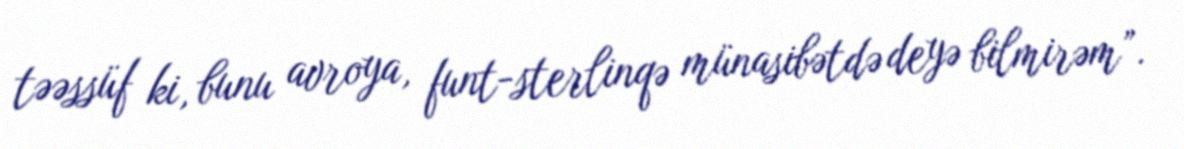
təəssüf ki, bunu avroya, funt-sterlinqə münasibətdə deyə bilmirəm”.